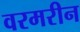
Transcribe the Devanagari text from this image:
वरमरीन